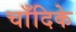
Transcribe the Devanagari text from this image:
चाँदिके